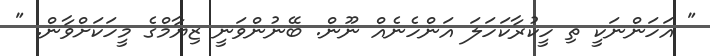
" އަހަންނަކީ ތި ހީކުރާކަހަލަ އަންހެނެއް ނޫން. ބޭނުންވަނީ ޒިޔާމްގެ މީހަކަށްވާން. "